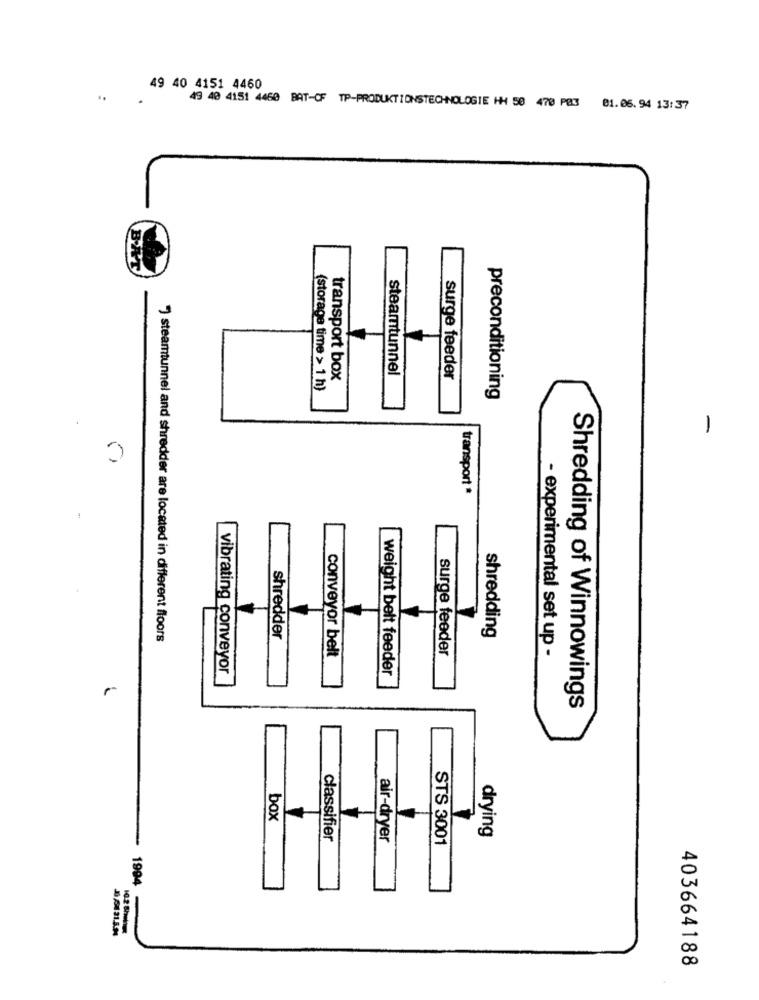
49 40 4151 4460
..
49 40 4151 4460 BAT-OF TP-PRODUKTIONSTECHNOLOGIE HH 50 470 PB3 81. 06. 94 13:37
B.R
steamtunnel
transport box
surge feeder
(storage time > 1 h)
preconditioning
-
transport *
shredding
") steamtunnel and shredder are located in different floors
shredder
conveyor belt
surge feeder
- experimental set up -
vibrating conveyor
weight belt feeder
Shredding of Winnowings
box
drying
classifier
air-dryer
STS 3001
1994
10.2 Shelnur
403664188